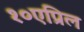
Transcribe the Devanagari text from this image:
१०एप्रिल